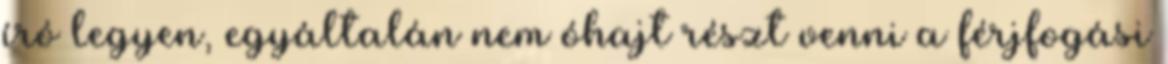
író legyen, egyáltalán nem óhajt részt venni a férjfogási